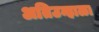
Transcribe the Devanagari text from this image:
अतिउन्हाळा